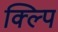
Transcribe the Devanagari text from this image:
क्ल्पि